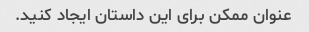
عنوان ممکن برای این داستان ایجاد کنید.